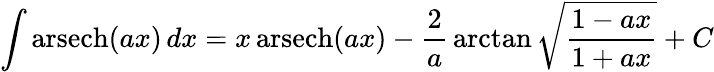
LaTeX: \int\operatorname{arsech}(ax)\, dx=x\operatorname{arsech}(ax)-{\frac{2}{a}}\arctan{\sqrt{\frac{1-ax}{1+ax}}}+C